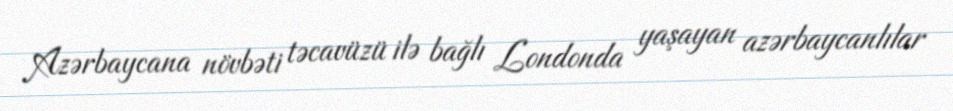
Azərbaycana növbəti təcavüzü ilə bağlı Londonda yaşayan azərbaycanlılar